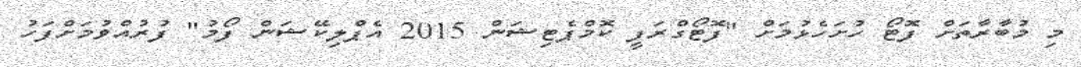
މި މުބާރާތަށް ފޮޓޯ ހުށަހެޅުމަށް "ފޮޓޯގްރަފީ ކޮމްޕެޓިޝަން 2015 އެޕްލިކޭޝަން ފޯމު" ފުރުއްވުމަށްފަހު